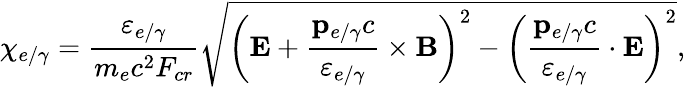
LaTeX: \chi_{e/\gamma}=\frac{\varepsilon_{e/\gamma}}{m_{e}c^{2}F_{cr}}\sqrt{\left(\mathbf{E}+\frac{\mathbf{p}_{e/\gamma}c}{\varepsilon_{e/\gamma}}\times\mathbf{B}\right)^{2}-\left(\frac{\mathbf{p}_{e/\gamma}c}{\varepsilon_{e/\gamma}}\cdot\mathbf{E}\right)^{2}},